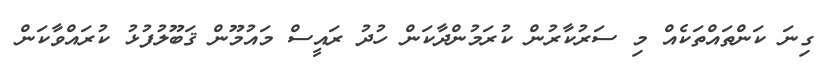
ގިނަ ކަންތައްތަކެއް މި ސަރުކާރުން ކުރަމުންދާކަން ހުދު ރައީސް މައުމޫން ޤަބޫލުފުޅު ކުރައްވާކަން